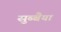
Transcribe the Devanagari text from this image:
सुब्बैया